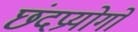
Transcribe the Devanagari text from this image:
छंदप्रयोगों